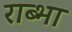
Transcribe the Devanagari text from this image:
राब्भा